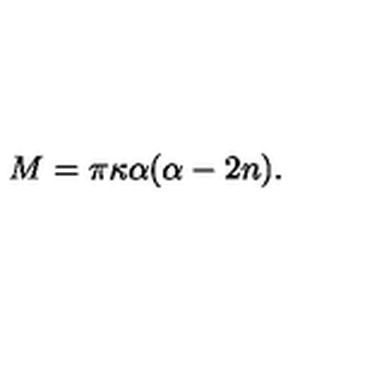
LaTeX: { M } = \pi \kappa \alpha ( \alpha - 2 n ) .